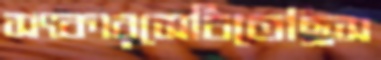
সৎকারসেচিতেছিস